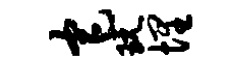
宅玩埋